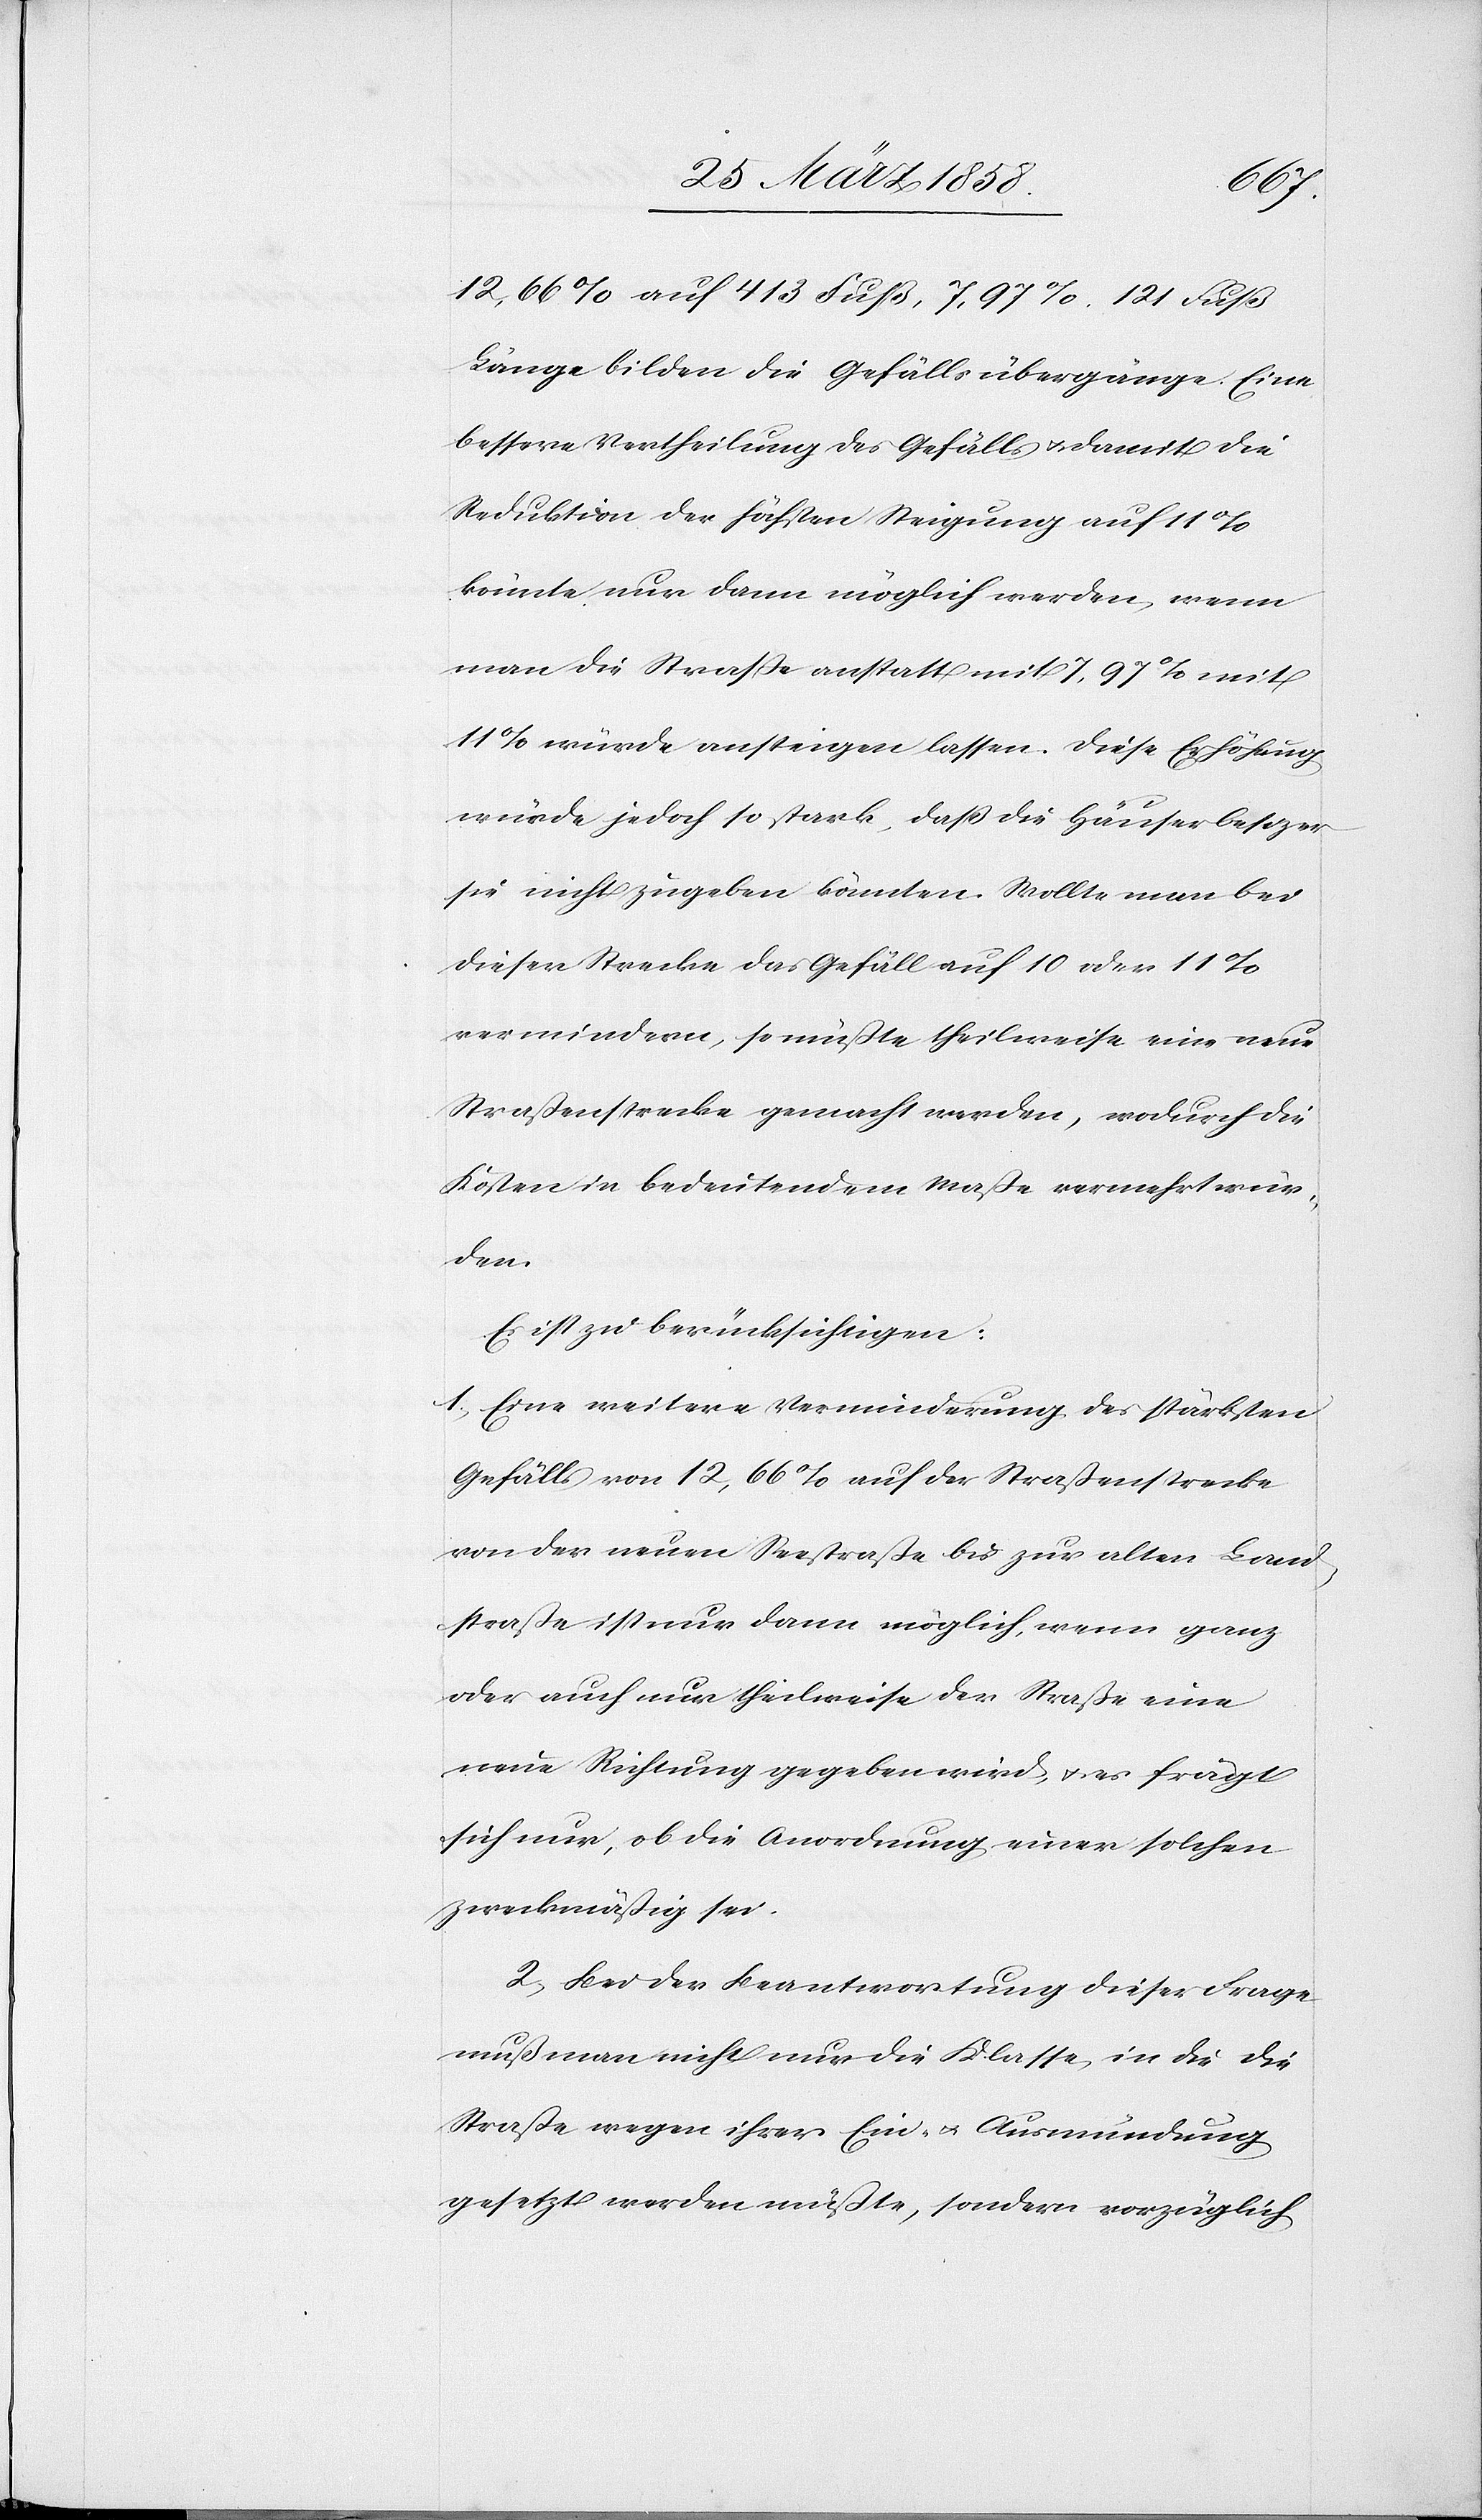
12,66% auf 413 Fuß, 7,97% 121 Fuß
Länge bilden die Gefällsübergange. Eine
bessere Vertheilung des Gefälls u. damit die
Reduktion der höchsten Steigung auf 11%
könnte nur dann möglich werden, wenn
man die Straße anstatt mit 7,97% mit
11% würde ansteigen lassen. Diese Erhöhung
würde jedoch so stark, daß die Häuserbesitzer
sie nicht zugeben könnten. Wollte man bei
dieser Strecke das Gefäll auf 10 oder 11%
vermindern, so müßte theilweise eine neue
Straßenstrecke gemacht werden, wodurch die
Kosten in bedeutendem Maße vermehrt wür¬
den.
Es ist zu berücksichtigen:
1) Eine weitere Verminderung des stärksten
Gefälls von 12,66% auf der Straßenstrecke
von der neuen Seestraße bis zur alten Land¬
straße ist nur dann möglich, wenn ganz
oder auch nur theilweise der Straße eine
neue Richtung gegeben wird, u. es frägt
sich nur, ob die Anordnung einer solchen
zweckmäßig sei.
2) Bei der Beantwortung dieser Frage
muß man nicht nur die Klasse, in die die
Straße wegen ihrer Ein- u. Ausmündung
gesetzt werden müßte, sondern vorzüglich